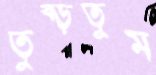
তুব্‌ড়তুম